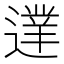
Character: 𨖐